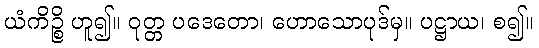
ယံကိဉ္စိ ဟူ၍။ ဝုတ္တ ပဒေတော၊ ဟောသောပုဒ်မှ။ ပဋ္ဌာယ၊ စ၍။